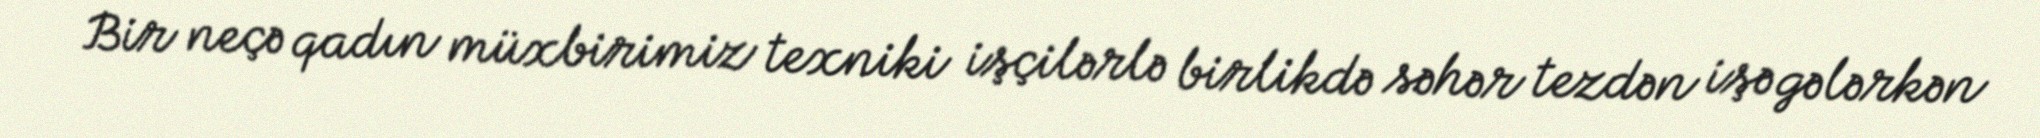
Bir neçə qadın müxbirimiz texniki işçilərlə birlikdə səhər tezdən işə gələrkən